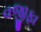
વજીફા